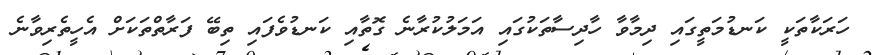
ހަރަކާތަކީ ކަނޑުމަތީގައި ދިމާވާ ހާދިސާތަކުގައި އަމަލުކުރާނެ ގޮތާއި ކަނޑުވެފައި ތިބޭ ފަރާތްތަކަށް އެހީތެރިވާނެ